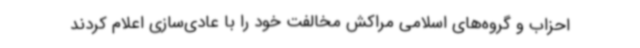
احزاب و گروه‌های اسلامی مراکش مخالفت خود را با عادی‌سازی اعلام کردند